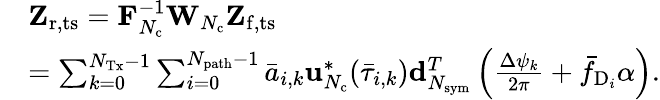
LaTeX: \begin{array}{rl}&{\mathbf{Z}_{\mathrm{r,ts}}=\mathbf{F}_{N_{\mathrm{c}}}^{-1}\mathbf{W}_{N_{\mathrm{c}}}\mathbf{Z}_{\mathrm{f,ts}}}\\ &{=\sum_{k=0}^{N_{\mathrm{Tx}}-1}\sum_{i=0}^{N_{\mathrm{path}}-1}\bar{a}_{i,k}\mathbf{u}_{N_{\mathrm{c}}}^{*}(\bar{\tau}_{i,k})\mathbf{d}_{N_{\mathrm{sym}}}^{T}\left(\frac{\Delta\psi_{k}}{2\pi}+\bar{f}_{\mathrm{D}_{i}}\alpha\right).}\end{array}